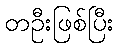
တဦးဖြစ်ပြီး